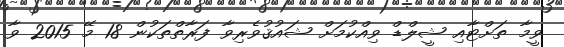
ވީމާ ތަށްޓާއި ޝީލްޑް ވިއްކުމަށް ޝައުޤުވެރިވާ ފަރާތްތަކުން 18 މޭ 2015 ވާ